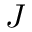
J